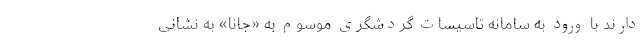
دارند با ورود به سامانه تاسیسات گردشگری موسوم به «جانا» به نشانی